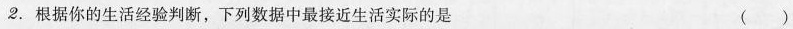
2.根据你的生活经验判断，下列数据中最接近生活实际的是 ()